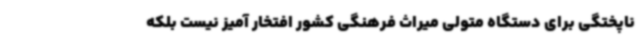
ناپختگی برای دستگاه متولی میراث فرهنگی کشور افتخار آمیز نیست بلکه